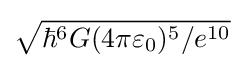
{\sqrt {{\hbar ^{6}G(4\pi \varepsilon _{0})^{5}}/{e^{10}}}}